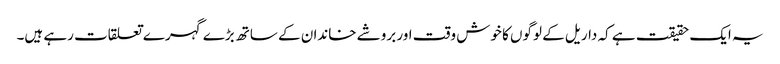
یہ ایک حقیقت ہے کہ داریل کے لوگوں کا خوش وقت اور بروشے خاندان کے ساتھ بڑے گہرے تعلقات رہے ہیں۔